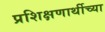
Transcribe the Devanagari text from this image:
प्रशिक्षणार्थीच्या